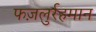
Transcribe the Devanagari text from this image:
फज़लुर्रहमान